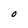
Character: O